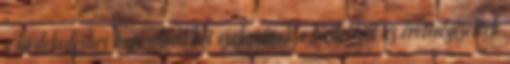
a közlekedéshez kapcsolódó két szakmának a hirdetését az érettségizettek